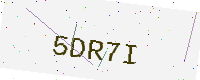
Text: 5DR7I